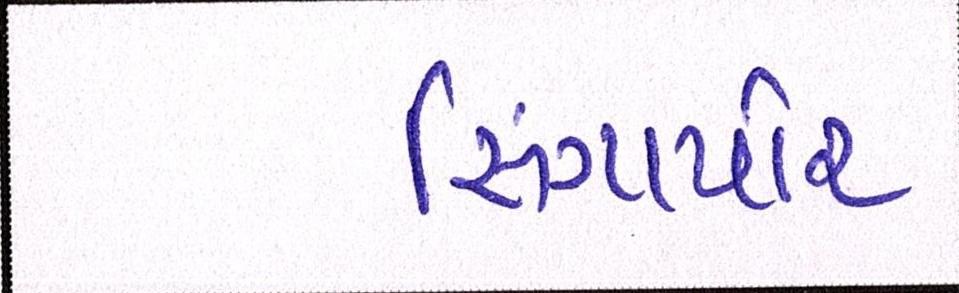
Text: સિંગાપોર